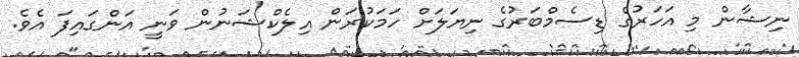
ނިޝާން މި އަހަރުގެ ޑިސެމްބަރުގެ ނިޔަަލަށް ހަމަކުރަން އިލެކްޝަނުން ވަނީ އަންގައިފަ އެވެ.